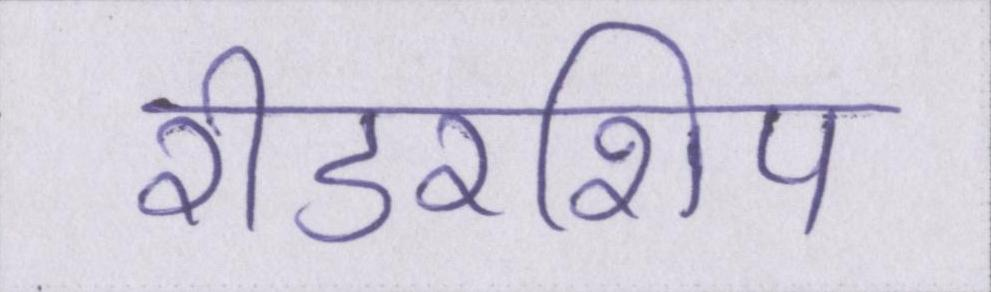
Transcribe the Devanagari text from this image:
रीडरशिप